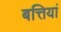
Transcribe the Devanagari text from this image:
बत्तियां